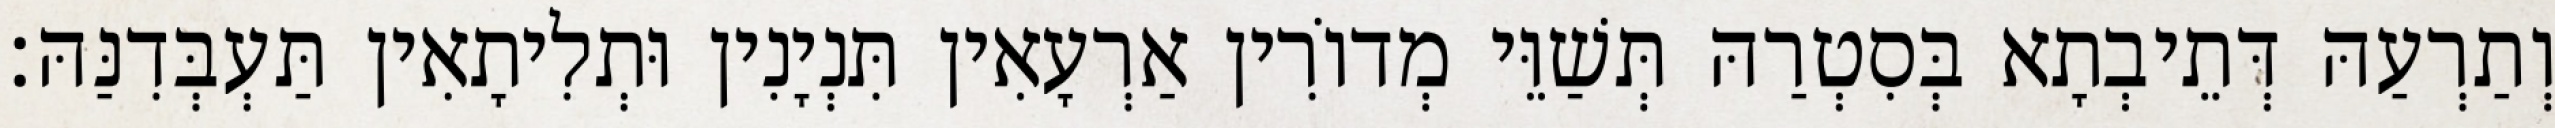
וְתַרְעַהּ דְּתֵיבְתָא בְּסִטְרַהּ תְּשַׁוֵּי מְדוֹרִין אַרְעָאִין תִּנְיָנִין וּתְלִיתָאִין תַּעְבְּדִנַּהּ׃